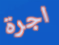
اجرة